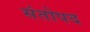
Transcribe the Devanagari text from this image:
संतोपद